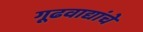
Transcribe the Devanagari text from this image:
गूढवाद्यांचे